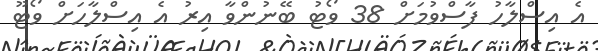
އެ އިސްލާހު ފާސްވުމަށް 38 ވޯޓު ބޭނުންވާ އިރު އެ އިސްލާހަށް ވޯޓޫ